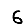
Digit: 6